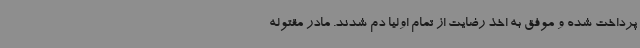
پرداخت شده و موفق به اخذ رضایت از تمام اولیا دم شدند. مادر مقتوله